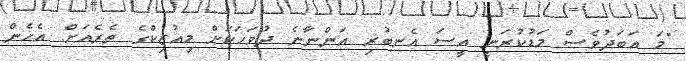
"މަ އަބަދުވެސް މަޑުކުރަނީ އީސަ އެނބުރި އަންނާނެ ދުވަހަކަށް މިއުޒިކްގެ ތެރެއަށް. އެހެން